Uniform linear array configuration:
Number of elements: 32
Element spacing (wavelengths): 0.25
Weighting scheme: blackman
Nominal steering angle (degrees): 30
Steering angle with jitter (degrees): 29.396
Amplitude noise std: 0.05
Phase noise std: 0.05

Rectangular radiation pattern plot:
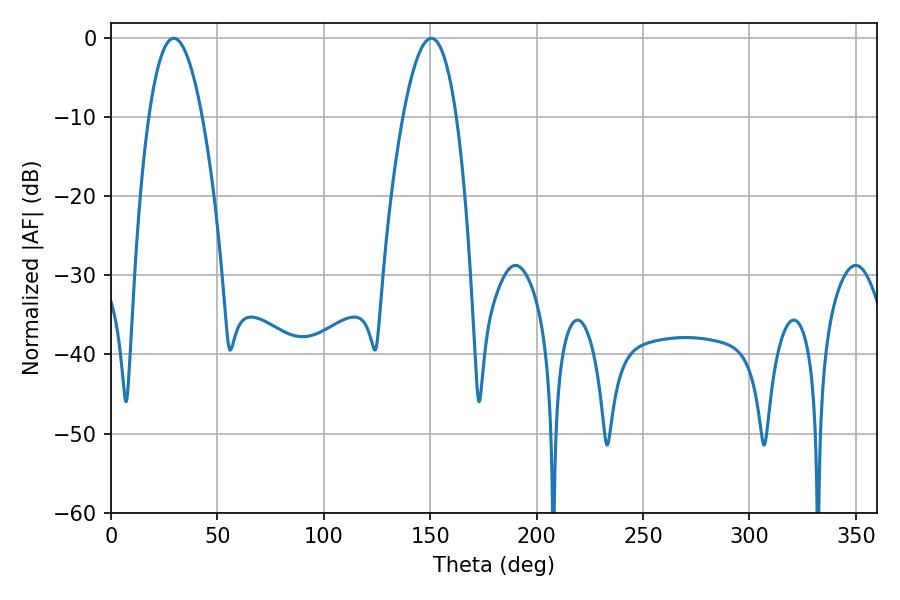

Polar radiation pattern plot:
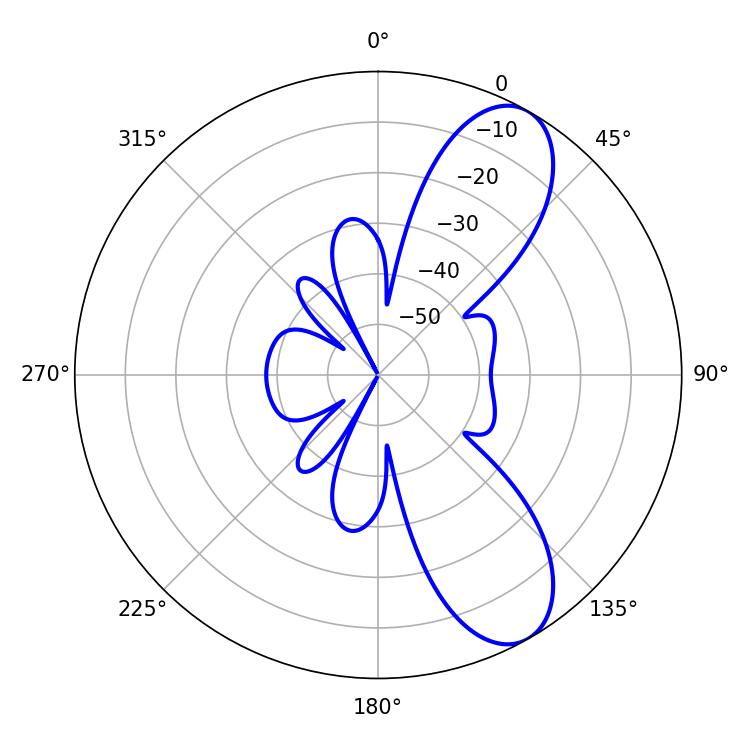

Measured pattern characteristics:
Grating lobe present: FALSE
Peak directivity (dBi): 8.912
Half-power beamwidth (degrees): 13.86
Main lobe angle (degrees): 29.52